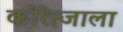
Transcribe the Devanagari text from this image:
कोरेत्जाला